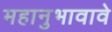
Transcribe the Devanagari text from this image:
महानुभावावे